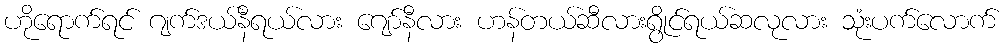
ဟိုရောက်ရင် ဂျက်ဒယ်နီရယ်လား ဂျော်နီလား ဟန်တယ်ဆီလားရွိုင်ရယ်ဆလုလား သုံးပက်လောက်